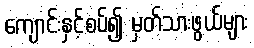
ကျောင်းနှင့်စပ်၍ မှတ်သားဖွယ်များ